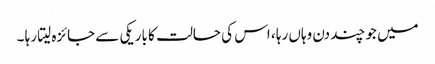
میں جو چند دن وہاں رہا ، اس کی حالت کا باریکی سے جائزہ لیتا رہا ۔